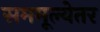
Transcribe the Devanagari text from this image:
सममूल्येतर